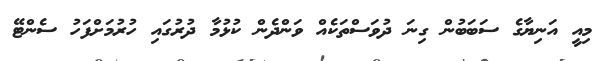
މިއީ އަނިޔާގެ ސަބަބުން ގިނަ ދުވަސްތަކެއް ވަންދެން ކުޅުމާ ދުރުގައި ހުރުމަށްފަހު ސެންޓޭ